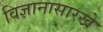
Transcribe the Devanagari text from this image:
विज्ञानासारखे